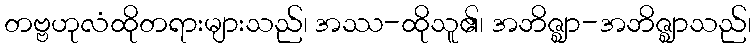
တဗ္ဗဟုလံထိုတရားများသည်၊ အဿ-ထိုသူ၏၊ အဘိဇ္ဈာ-အဘိဇ္ဈာသည်၊